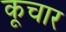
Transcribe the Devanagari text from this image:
कूचार